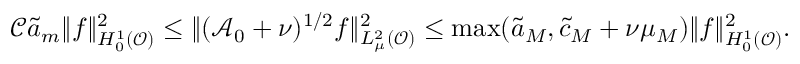
\mathcal { C } \tilde { a } _ { m } \| f \| _ { H _ { 0 } ^ { 1 } ( \mathcal { O } ) } ^ { 2 } \leq \Vert ( \mathcal { A } _ { 0 } + \nu ) ^ { 1 / 2 } f \Vert _ { L _ { \mu } ^ { 2 } ( \mathcal { O } ) } ^ { 2 } \leq \operatorname* { m a x } ( \tilde { a } _ { M } , \tilde { c } _ { M } + \nu \mu _ { M } ) \| f \| _ { H _ { 0 } ^ { 1 } ( \mathcal { O } ) } ^ { 2 } .